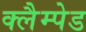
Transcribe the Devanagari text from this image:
क्लैम्पेड